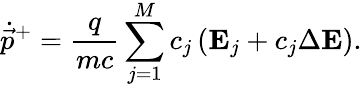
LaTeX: \dot{\vec{p}}^{+}=\frac{q}{mc}\sum_{j=1}^{M}c_{j}\left(\mathbf{E}_{j}+c_{j}\Delta\mathbf{E}\right).